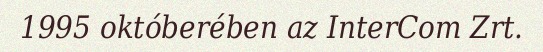
1995 októberében az InterCom Zrt.